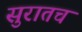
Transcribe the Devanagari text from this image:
सुरातच